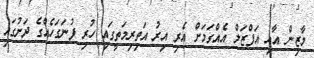
މާޒިން އާއި އަފްޒަލް އެއްގަމަށް އެރި އިރު އަތިރިމަތީގައި ހުރި ފުނަގަހެއްގެ ދަށުގައި